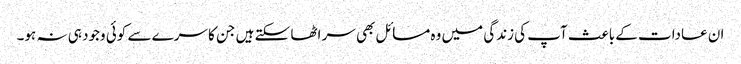
ان عادات کے باعث آپ کی زندگی میں وہ مسائل بھی سر اٹھا سکتے ہیں جن کا سرے سے کوئی وجود ہی نہ ہو۔